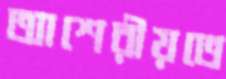
আশেরীয়তে